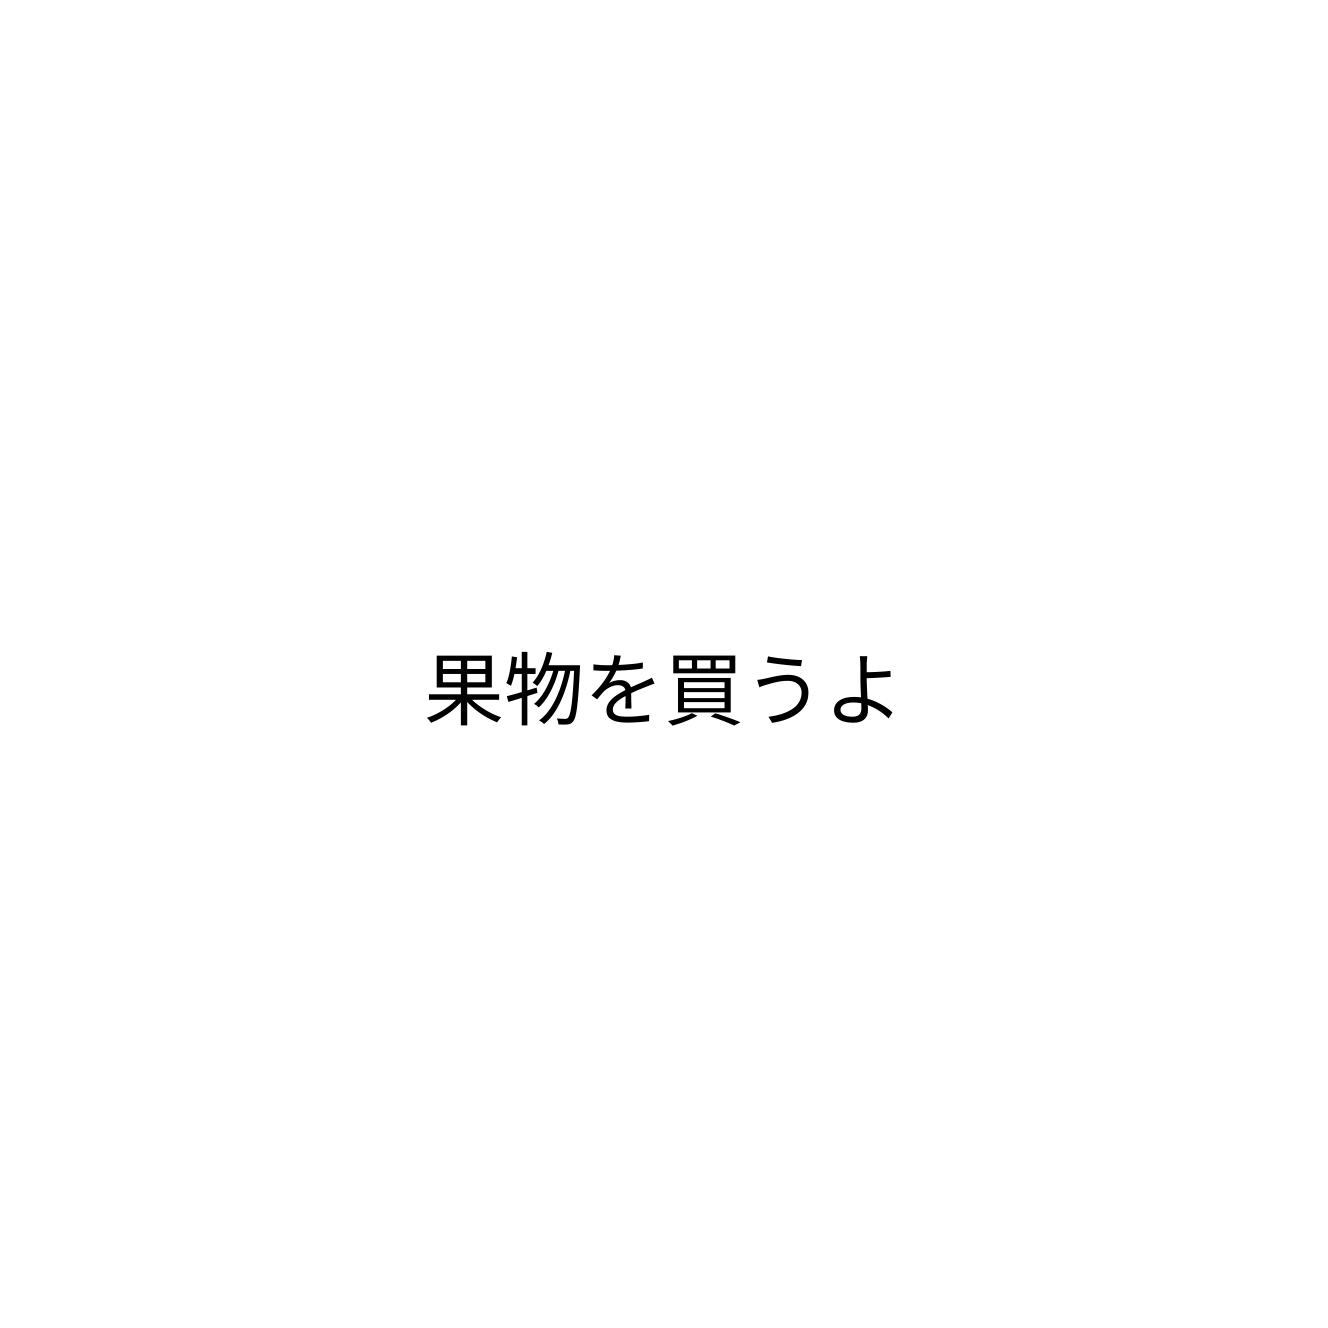
果物を買うよ